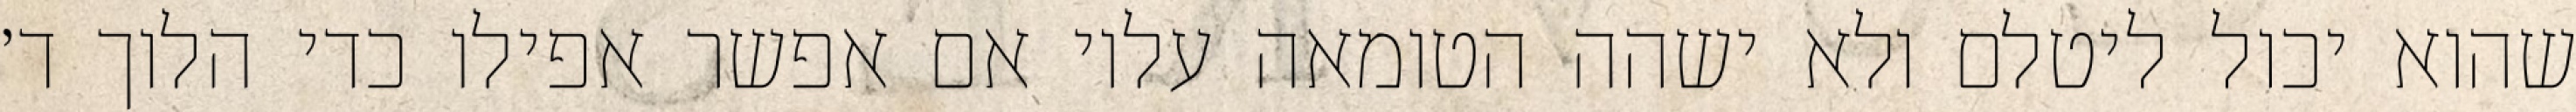
שהוא יכול ליטלם ולא ישהה הטומאה עליו אם אפשר אפילו כדי הלוך ד׳